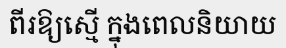
ពីរឱ្យស្មើ ក្នុងពេលនិយាយ